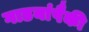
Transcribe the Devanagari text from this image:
गाडयांपैकी